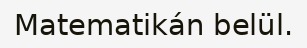
Matematikán belül.